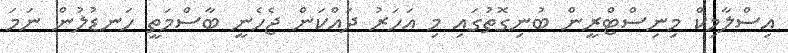
އިސްލާމިކް މިނިސްޓްރީން ބުނިގޮތުގައި މި އަހަރު ދައްކަން ޖެހެނީ ބާސްމަތީ ހަނޑުލުން ނަމަ